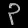
Digit: ၃